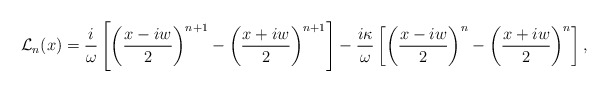
\begin{align*}\mathcal{L}_n(x)=\dfrac{i}{\omega}\left[\left(\dfrac{x-iw}{2}\right)^{n+1}-\left(\dfrac{x+iw}{2}\right)^{n+1}\right]- \dfrac{i \kappa}{\omega}\left[\left(\dfrac{x-iw}{2}\right)^{n}- \left(\dfrac{x+iw}{2}\right)^{n}\right],\end{align*}